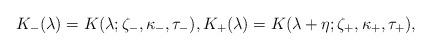
LaTeX: \begin{align*}K_{-}(\lambda )=K(\lambda ;\zeta _{-},\kappa _{-},\tau _{-}),K_{+}(\lambda )=K(\lambda +\eta ;\zeta _{+},\kappa _{+},\tau _{+}),\end{align*}